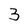
Character: 3